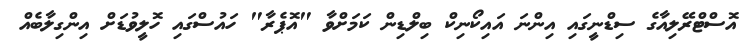
އޮސްޓްރޭލިއާގެ ސިޑްނީގައި އިންނަ އައިކޯނިކް ބިލްޑިން ކަމަށްވާ "އޮޕެރާ" ހައުސްގައި ހޮލީވުޑަށް އިންގިލާބެއް